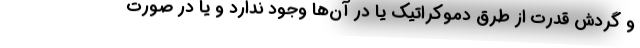
و گردش قدرت از طرق دموکراتیک یا در آن‌ها وجود ندارد و یا در صورت